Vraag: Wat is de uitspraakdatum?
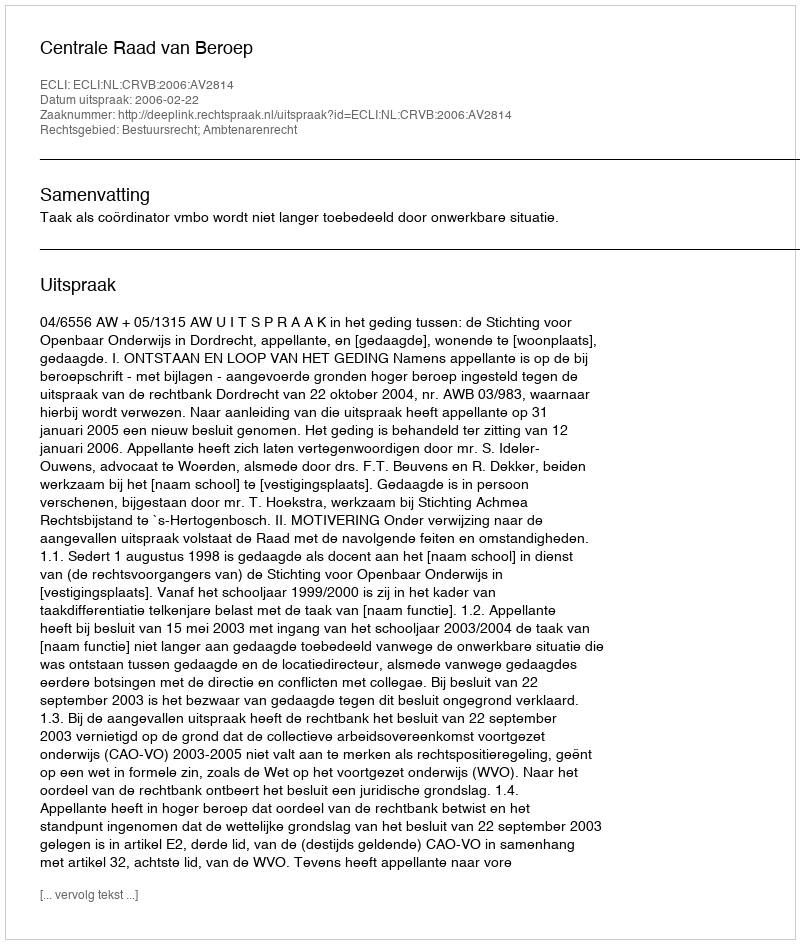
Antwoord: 2006-02-22